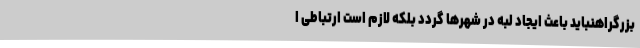
بزرگراهنباید باعث ایجاد لبه در شهرها گردد بلکه لازم است ارتباطی ا